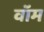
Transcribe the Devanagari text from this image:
वॉम